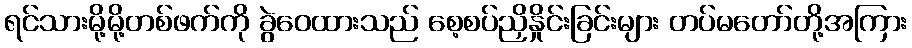
ရင်သားမို့မို့တစ်ဖက်ကို ခွဲဝေထားသည် စေ့စပ်ညှိနှိုင်းခြင်းများ တပ်မတော်တို့အကြား